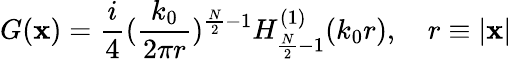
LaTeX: G(\mathbf{x})=\frac{i}{4}(\frac{k_{0}}{2\pi r})^{\frac{N}{2}-1}H_{\frac{N}{2}-1}^{(1)}(k_{0}r),\quad r\equiv|\mathbf{x}|